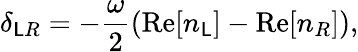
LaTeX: \delta_{\mathsf{L}R}=-\frac{{\omega}}{{2}}\left(\mathrm{{Re}}[n_{\mathsf{L}}]-\mathrm{{Re}}[n_{R}]\right),